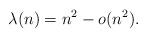
LaTeX: \begin{align*}\lambda(n) = n^2 - o(n^2).\end{align*}